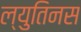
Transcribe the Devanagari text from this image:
ल्युतिनस